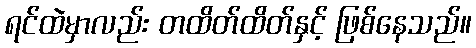
ရင်ထဲမှာလည်း တထိတ်ထိတ်နှင့် ဖြစ်နေသည်။